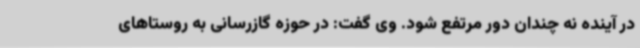
در آینده نه چندان دور مرتفع شود. وی گفت: در حوزه گازرسانی به روستاهای